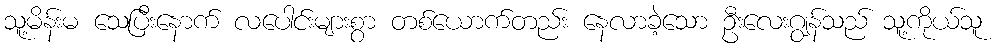
သူ့မိန်းမ သေပြီးနောက် လပေါင်းများစွာ တစ်ယောက်တည်း နေလာခဲ့သော ဦးလေးဂျွန်သည် သူ့ကိုယ်သူ